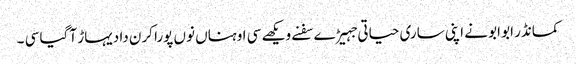
کمانڈر ابو ابو نے اپنی ساری حیاتی جہیڑے سفنے ویکھے سی اوہناں نوں پورا کرن دا دیہاڑ آ گیا سی ۔